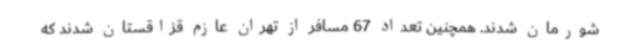
شورمان شدند. همچنین تعداد 67 مسافر از تهران عازم قزاقستان شدند که